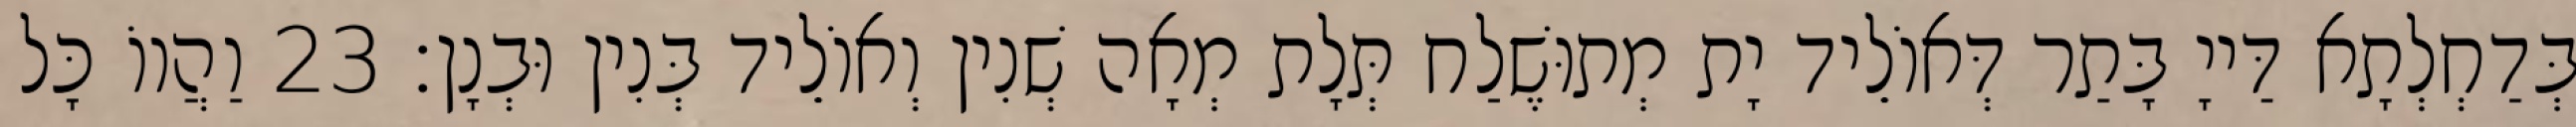
בְּדַחְלְתָא דַּייָ בָּתַר דְּאוֹלֵיד יָת מְתוּשֶׁלַח תְּלָת מְאָה שְׁנִין וְאוֹלֵיד בְּנִין וּבְנָן׃ 23 וַהֲווֹ כָּל